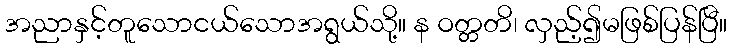
အညာနှင့်တူသောငယ်သောအရွယ်သို့။ န ဝတ္တတိ၊ လှည့်၍မဖြစ်ပြန်ပြီ။